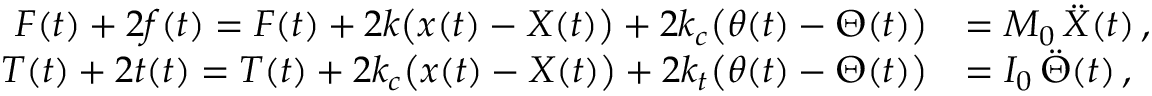
\begin{array} { r l } { F ( t ) + 2 f ( t ) = F ( t ) + 2 k \big ( x ( t ) - X ( t ) \big ) + 2 k _ { c } \big ( \theta ( t ) - \Theta ( t ) \big ) } & { = M _ { 0 } \, \ddot { X } ( t ) \, , } \\ { T ( t ) + 2 t ( t ) = T ( t ) + 2 k _ { c } \big ( x ( t ) - X ( t ) \big ) + 2 k _ { t } \big ( \theta ( t ) - \Theta ( t ) \big ) } & { = I _ { 0 } \, \ddot { \Theta } ( t ) \, , } \end{array}